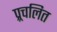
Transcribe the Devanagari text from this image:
प्र्रचलित